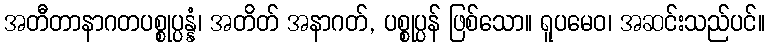
အတီတာနာဂတပစ္စုပ္ပန္နံ၊ အတိတ် အနာဂတ်, ပစ္စုပ္ပန် ဖြစ်သော။ ရူပမေဝ၊ အဆင်းသည်ပင်။